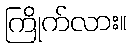
ကြိုက်လား။